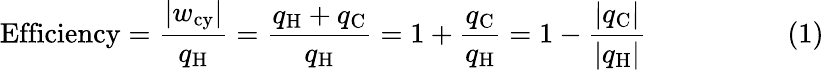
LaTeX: {\textrm{Efficiency}}={\frac{|w_{\mathrm{cy}}|}{q_{\mathrm{H}}}}={\frac{q_{\mathrm{H}}+q_{\mathrm{C}}}{q_{\mathrm{H}}}}=1+{\frac{q_{\mathrm{C}}}{q_{\mathrm{H}}}}=1-{\frac{|q_{\mathrm{C}}|}{|q_{\mathrm{H}}|}}\ \ \ \ \ \ \ \ \ \ \ \ \ \ \ \ \ \ \ \ (1)